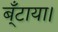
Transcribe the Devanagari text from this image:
ब्ँटाया।